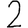
Digit: 2